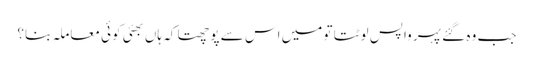
جب وہ گئے پہر واپس لوٹتا تو میں اس سے پوچھتا کہ ہاں بھئی کوئی معاملہ بنا؟